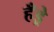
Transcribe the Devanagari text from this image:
हँड्रे